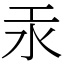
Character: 汞